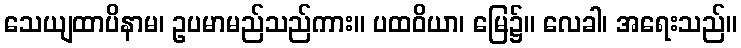
သေယျထာပိနာမ၊ ဥပမာမည်သည်ကား။ ပထဝိယာ၊ မြေ၌။ လေခါ၊ အရေးသည်။